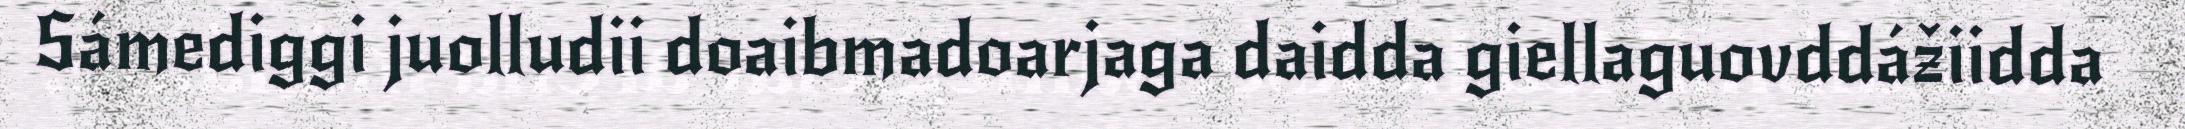
Sámediggi juolludii doaibmadoarjaga daidda giellaguovddážiidda